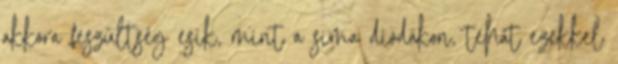
akkora feszültség esik, mint a sima diódákon, tehát ezekkel